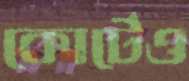
কোর্টেও